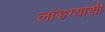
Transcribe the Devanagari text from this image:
लांडग्याशी